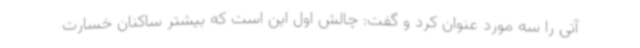
آتی را سه مورد عنوان کرد و گفت: چالش اول این است که بیشتر ساکنان خسارت